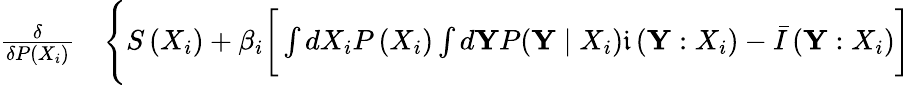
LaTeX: \begin{array}{rl}{\frac{\delta}{\delta P\left({X}_{i}\right)}}&{{}\Bigg\{ S\left({X}_{i}\right)+\beta_{i}\bigg[\int dX_{i}P\left({X}_{i}\right)\int d{\mathbf{Y}}P(\mathbf{Y}\mid{X}_{i})\mathfrak{i}\left({\mathbf{Y}}:{X}_{i}\right)-\bar{I}\left(\mathbf{Y}:{X}_{i}\right)\bigg]}\end{array}